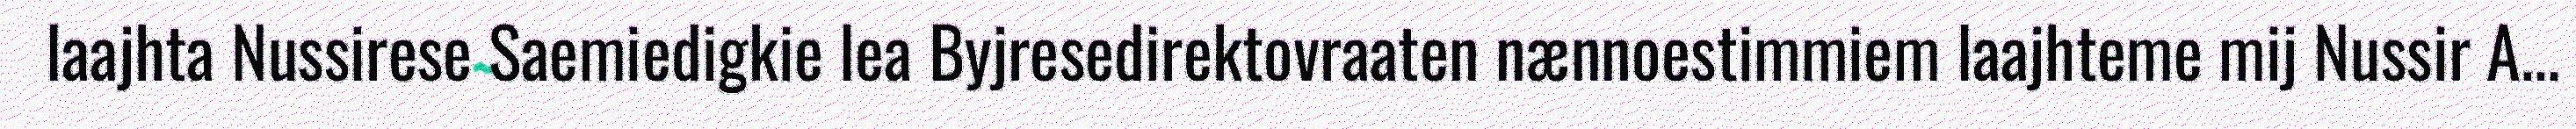
laajhta Nussirese Saemiedigkie lea Byjresedirektovraaten nænnoestimmiem laajhteme mij Nussir A...